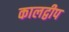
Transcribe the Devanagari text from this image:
कालद्वीप